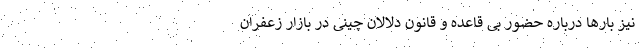
نیز بارها درباره حضور بی قاعده و قانون دلالان چینی در بازار زعفران